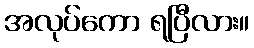
အလုပ်ကော ရပြီလား။